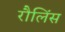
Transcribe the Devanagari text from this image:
रौलिंस